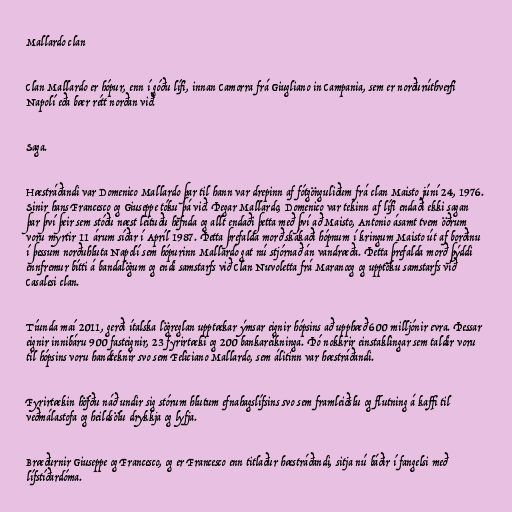
Mallardo clan

Clan Mallardo er hópur, enn í góðu lífi, innan Camorra frá Giugliano in Campania, sem er norðurúthverfi
Napolí eða bær rétt norðan við.

Saga.

Hæstráðandi var Domenico Mallardo þar til hann var drepinn af fótgönguliðum frá clan Maisto júní 24, 1976.
Sinir hans Francesco og Giuseppe tóku þá við. Þegar Mallardo, Domenico var tekinn af lífi endaði ekki sagan
þar því þeir sem stóðu næst leituðu hefnda og allt endaði þetta með því að Maisto, Antonio ásamt tvem öðrum
voru myrtir 11 árum síðar í Apríl 1987. Þetta þrefalda morð skákaði hópnum í kringum Maisto út af borðinu
í þessum norðuhluta Napolí sem hópurinn Mallardo gat nú stjórnað án vandræða. Þetta þrefalda morð þýddi
ennfremur bítti á bandalögum og endi samstarfs við Clan Nuvoletta frá Maranoog og upptöku samstarfs við
Casalesi clan.

Tíunda maí 2011, gerði ítalska lögreglan upptækar ýmsar eignir hópsins að upphæð 600 milljónir evra. Þessar
eignir innibáru 900 fasteignir, 23 fyrirtæki og 200 bankareikninga. Þó nokkrir einstaklingar sem taldir voru
til hópsins voru handteknir svo sem Feliciano Mallardo, sem álitinn var hæstráðandi.

Fyrirtækin höfðu náð undir sig stórum hlutum efnahagslífsins svo sem framleiðslu og flutning á kaffi til
veðmálastofa og heildsölu drykkja og lyfja.

Bræðurnir Giuseppe og Francesco, og er Francesco enn titlaður hæstráðandi, sitja nú báðir í fangelsi með
lífstíðardóma.